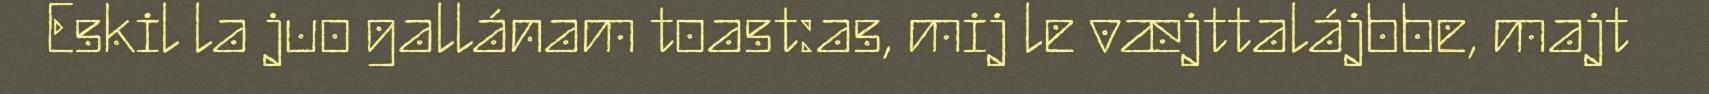
Eskil la juo gallánam toast:as, mij le væjttalájbbe, majt